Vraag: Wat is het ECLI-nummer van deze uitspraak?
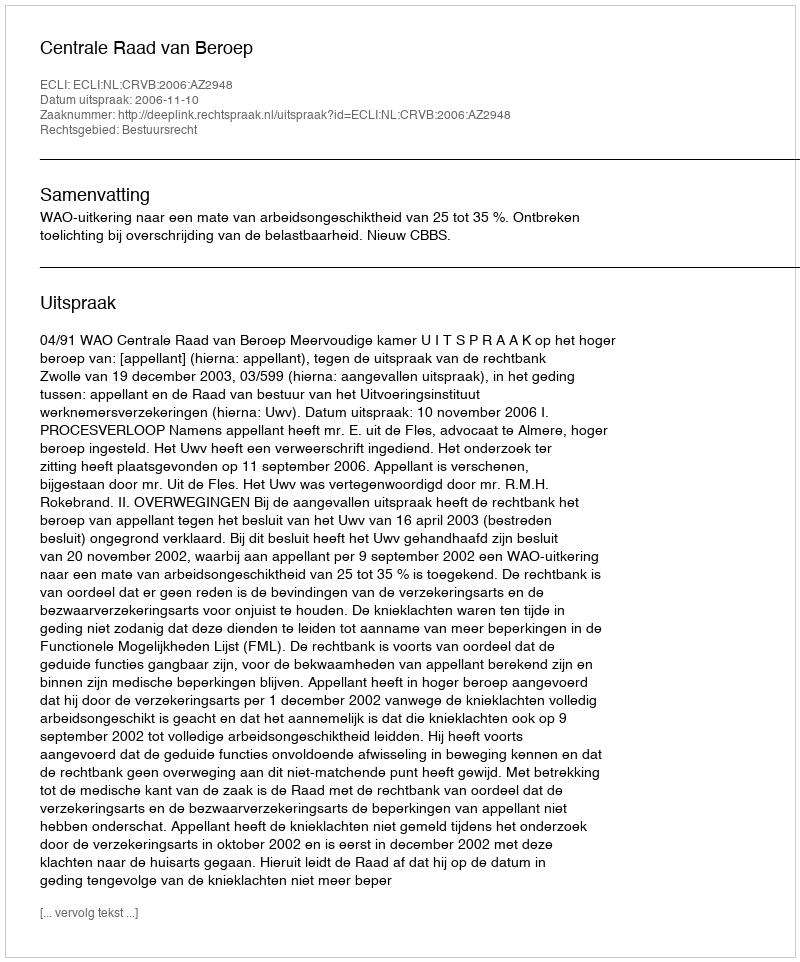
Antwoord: ECLI:NL:CRVB:2006:AZ2948